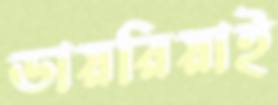
ডায়রিয়াই